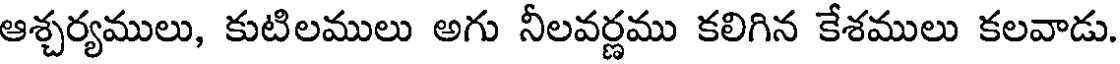
ఆశ్చర్యములు, కుటిలములు అగు నీలవర్ణము కలిగిన కేశములు కలవాడు.